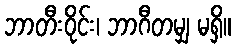
ဘာတီးဝိုင်း၊ ဘာဂီတမျှ မရှိ။